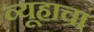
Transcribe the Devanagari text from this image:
व्यूहाचा